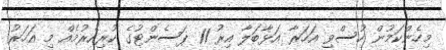
މިހެންކަމުން ހުސްވި އަހަރާ އަޅާބަލާ އިރު 11 ޕަސެންޓުގެ ކުރިއެރުމެއް މި އަހަރު